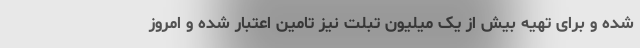
شده و برای تهیه بیش از یک میلیون تبلت نیز تامین اعتبار شده و امروز